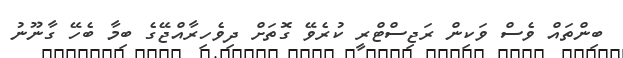
ބިންތައް ވެސް ވަކިން ރަޖިސްޓްރީ ކުރެވޭ ގޮތަށް ދިވެހިރާއްޖޭގެ ބިމާ ބެހޭ ގާނޫނު